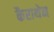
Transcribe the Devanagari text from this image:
कैराथेन